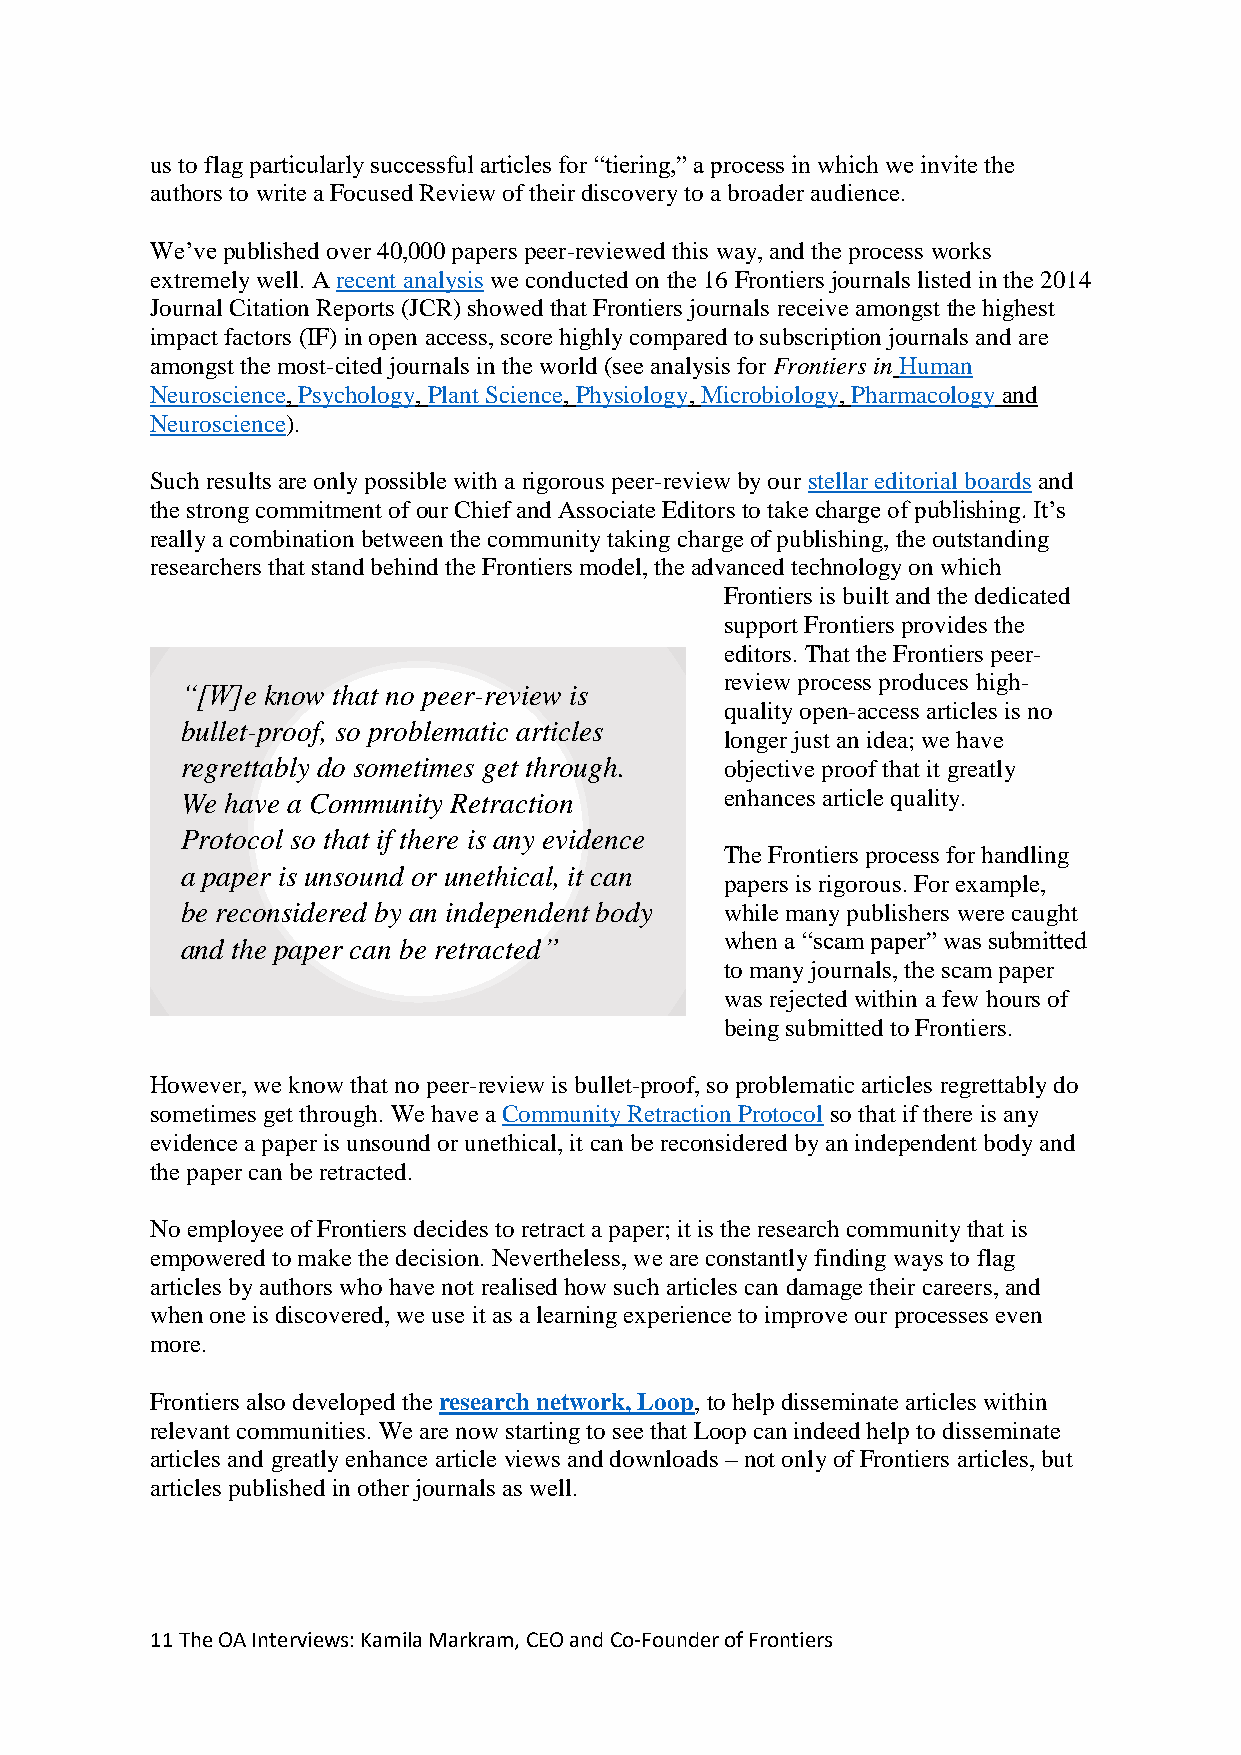
us to flag particularly successful articles for “tiering,” a process in which we invite the
 authors to write a Focused Review of their discovery to a broader audience.
 We’ve published over 40,000 papers peer-reviewed this way, and the process works
 extremely well. A recent analysis we conducted on the 16 Frontiers journals listed in the 2014
 Journal Citation Reports (JCR) showed that Frontiers journals receive amongst the highest
 impact factors (IF) in open access, score highly compared to subscription journals and are
 amongst the most-cited journals in the world (see analysis for Frontiers in Human
 Neuroscience, Psychology, Plant Science, Physiology, Microbiology, Pharmacology and
 Neuroscience).
 Such results are only possible with a rigorous peer-review by our stellar editorial boards and
 the strong commitment of our Chief and Associate Editors to take charge of publishing. It’s
 really a combination between the community taking charge of publishing, the outstanding
 researchers that stand behind the Frontiers model, the advanced technology on which
 Frontiers is built and the dedicated
 support Frontiers provides the
 editors. That the Frontiers peer-
 review process produces high-
 “[W]e know that no peer-review is
 quality open-access articles is no
 bullet-proof, so problematic articles
 longer just an idea; we have
 regrettably do sometimes get through. objective proof that it greatly
 We have a Community Retraction      enhances article quality.
 Protocol so that if there is any evidence
 The Frontiers process for handling
 a paper is unsound or unethical, it can
 papers is rigorous. For example,
 be reconsidered by an independent body while many publishers were caught
 when a “scam paper” was submitted
 and the paper can be retracted”
 to many journals, the scam paper
 was rejected within a few hours of
 being submitted to Frontiers.
 However, we know that no peer-review is bullet-proof, so problematic articles regrettably do
 sometimes get through. We have a Community Retraction Protocol so that if there is any
 evidence a paper is unsound or unethical, it can be reconsidered by an independent body and
 the paper can be retracted.
 No employee of Frontiers decides to retract a paper; it is the research community that is
 empowered to make the decision. Nevertheless, we are constantly finding ways to flag
 articles by authors who have not realised how such articles can damage their careers, and
 when one is discovered, we use it as a learning experience to improve our processes even
 more.
 Frontiers also developed the research network, Loop, to help disseminate articles within
 relevant communities. We are now starting to see that Loop can indeed help to disseminate
 articles and greatly enhance article views and downloads – not only of Frontiers articles, but
 articles published in other journals as well.
 11 The OA Interviews: Kamila Markram, CEO and Co-Founder of Frontiers